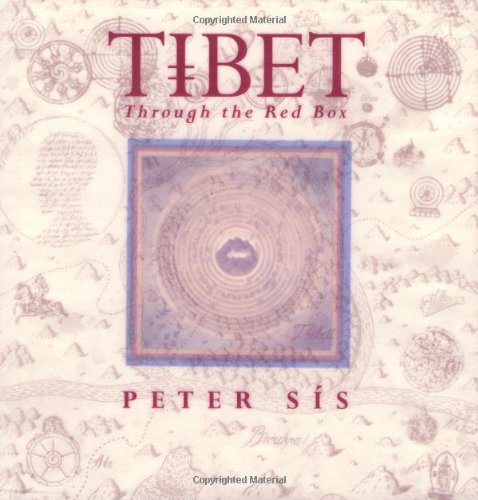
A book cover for Tibet Through the Red Box (Caldecott Honor Book); Peter SÃ­s; Children's Books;